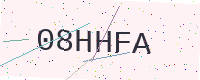
Text: 08HHFA